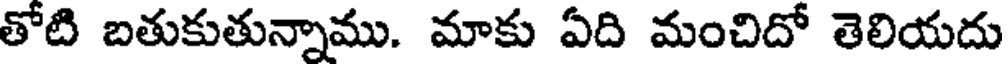
తోటి బతుకుతున్నాము. మాకు ఏది మంచిదో తెలియదు